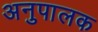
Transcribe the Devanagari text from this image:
अनुपालक